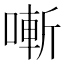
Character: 𠼗